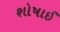
શોષાઈ